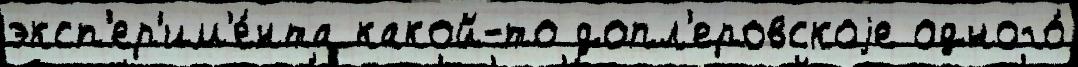
эксп'ер'им'е́нта какой-то допл'еровскоjе одного́